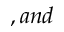
, a n d